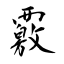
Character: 覈